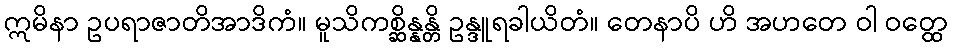
ဣမိနာ ဥပရာဇာတိအာဒိကံ။ မူသိကစ္ဆိန္နန္တိ ဥန္ဒူရခါယိတံ။ တေနာပိ ဟိ အဟတေ ဝါ ဝတ္ထေ